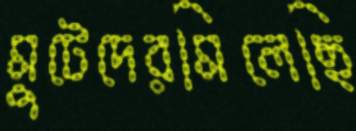
মুটেদেরমিলেছি